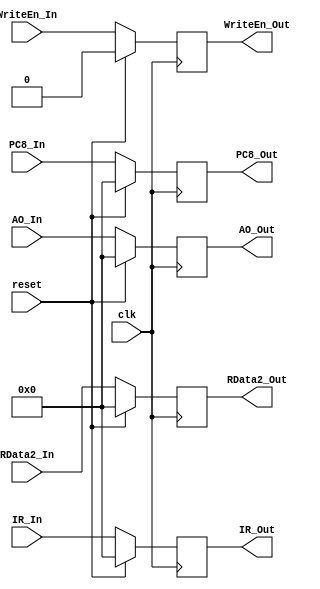
`timescale 1ns / 1ps

module EXE_MEM(
    input clk,
    input reset,
    input [31:0] IR_In,
    input [31:0] PC8_In,
    input [31:0] AO_In,
    input [31:0] RData2_In,
    input WriteEn_In,
    output [31:0] IR_Out,
    output [31:0] PC8_Out,
    output [31:0] AO_Out,
    output [31:0] RData2_Out,
    output WriteEn_Out
    );
    
    reg [31:0] M_IR;
    reg [31:0] M_PC8;
    reg [31:0] M_AO;
    reg [31:0] M_RData2;
    reg M_WriteEn;

    assign IR_Out = M_IR;
    assign PC8_Out = M_PC8;
    assign AO_Out = M_AO;
    assign RData2_Out = M_RData2;
    assign WriteEn_Out = M_WriteEn;

    initial begin
        M_IR = 0;
        M_PC8 = 0;
        M_AO = 0;
        M_RData2 = 0;
        M_WriteEn = 0;
    end

    always @(posedge clk)begin
        if(reset)begin
            M_IR <= 0;
            M_PC8 <= 0;
            M_AO <= 0;
            M_RData2 <= 0;
            M_WriteEn <= 0;
        end
        else begin 
            M_IR <= IR_In;
            M_PC8 <= PC8_In;
            M_AO <= AO_In;
            M_RData2 <= RData2_In;
            M_WriteEn <= WriteEn_In;
        end
    end


endmodule